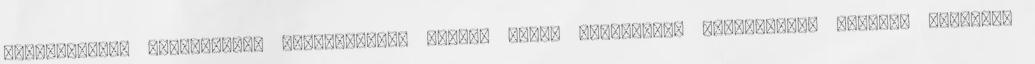
törvényeket, szokásokat, szabályokat, melyek adott társadalom viselkedési normáit képezik.